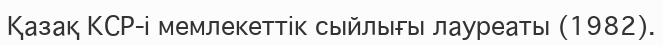
Қазақ КСР-і мемлекеттік сыйлығы лауреаты (1982).